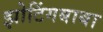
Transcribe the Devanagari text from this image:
झोटिंगबाबा